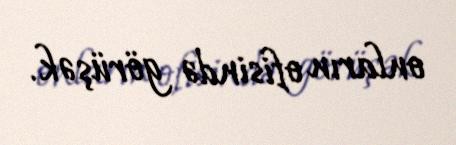
onların ofisində görüşək.